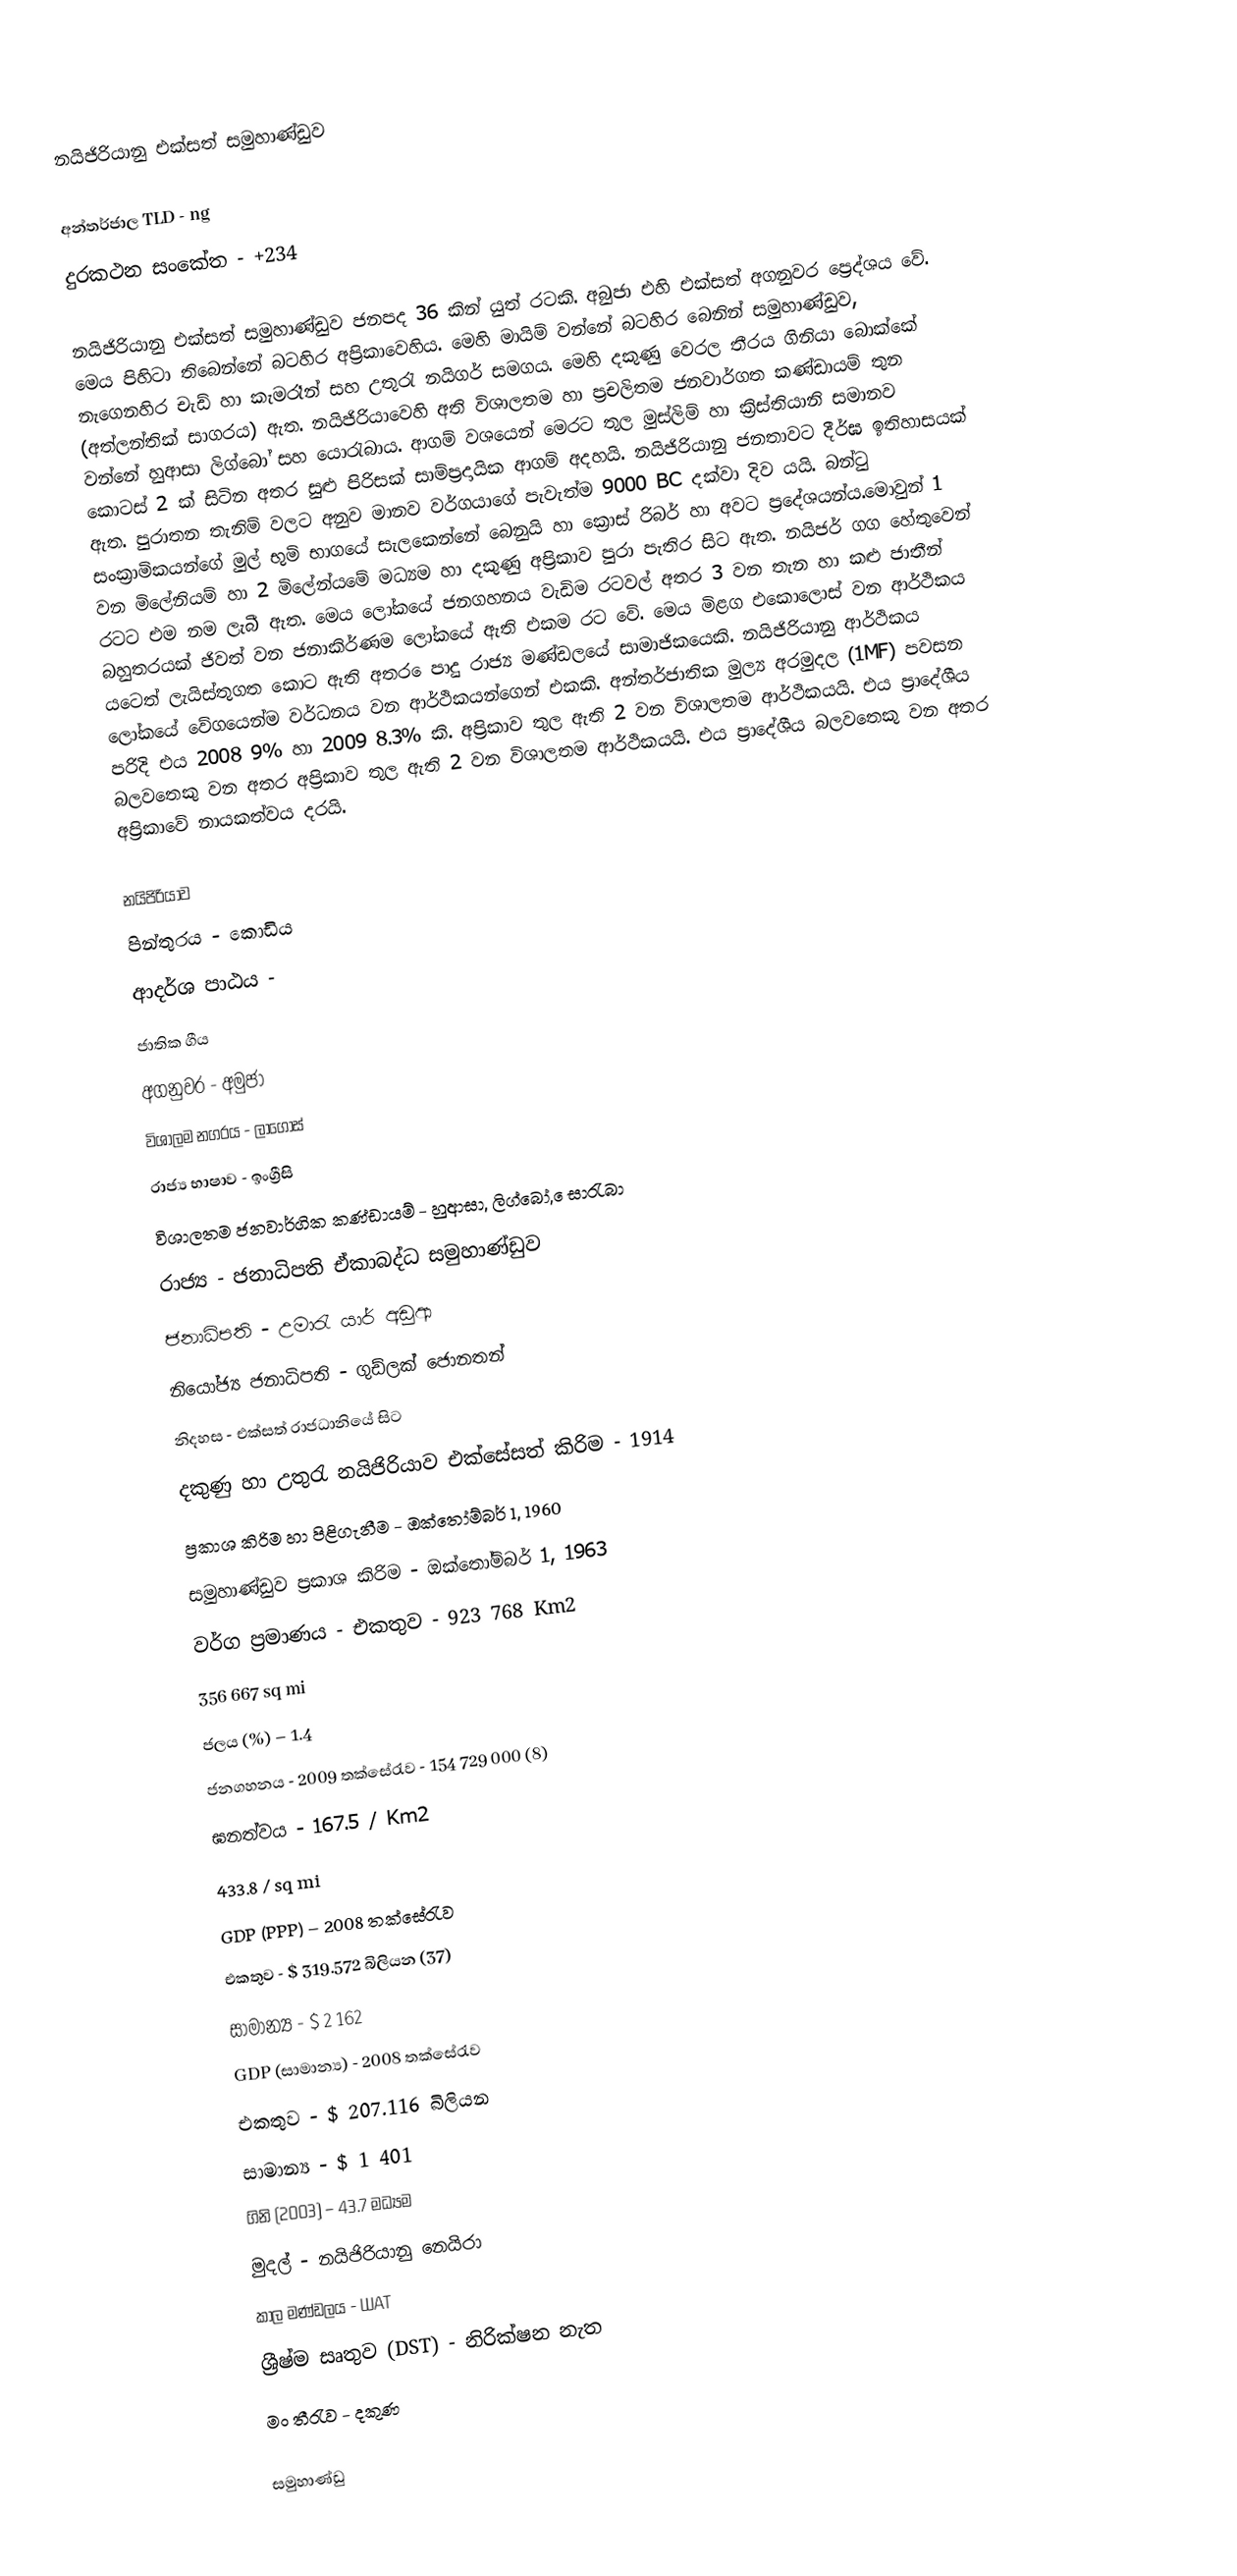
නයිජිරියානු එක්සත් සමුහාණ්ඩුව

අන්තර්ජාල TLD - ng
දුරකථන ස‍ංකේත - +234

නයිජිරියානු එක්සත් සමුහාණ්ඩුව ජනපද 36 කින් යුත් රටකි. අබුජා එහි එක්සත් අගනුවර ප්‍ර‍ෙද්ශය වේ. මෙය පිහිටා තිබෙන්නේ බටහිර අප්‍රිකාවෙහිය. මෙහි මායිම් වන්නේ බටහිර බෙනින් සමුහාණ්ඩුව, නැගෙනහිර චැඩ් හා කැමරෑන් සහ උතුරැ නයිගර් සමගය. මෙහි දකුණු වෙරල තීරය ගිනියා බොක්කේ (අත්ලන්තික් සාගරය) ඇත. නයිජිරියාවෙහි අති විශාලතම හා ප්‍රචලිතම ජනවාර්ගත කණ්ඩායම් තුන වන්නේ හුආසා ලිග්බෝ සහ යොරැබාය. ආගම් වශයෙන් මෙරට තුල මුස්ලිම් හා ක්‍රිස්තියානි සමානව කොටස් 2 ක් සිටින අතර සුළු පිරිසක් සාම්ප්‍රදායික ආගම් අදහයි. නයිජිරියානු ජනතාවට දීර්ඝ ඉතිහාසයක් ඇත. පුරාතන තැනිම් වලට අනුව මානව වර්ගයාගේ පැවැත්ම 9000 BC දක්වා දිව යයි. බන්ටු සංක්‍රාමිකයන්ගේ මුල් භුමි භාගයේ සැලකෙන්නේ බෙනුයි හා ක්‍රොස් රිබර් හා අවට ප්‍රදේශයන්ය.මොවුන් 1 වන ‍මිලේනියම් හා 2 මිලේන්යමේ මධ්‍යම හා දකුණු අප්‍රිකාව පුරා පැතිර සිට ඇත. නයිජර් ගග හේතුවෙන් රටට එම නම ලැබී ඇත. මෙය ලෝ‍කයේ ජනගහනය වැඩිම රටවල් අතර 3 වන තැන හා කළු ජාතීන් බහුතරයක් ජිවත් වන ජනාකිර්ණම ලෝකයේ ඇති එකම රට වේ. මෙය මිළග එකොලොස් වන ආර්ථිකය යට‍ෙත් ලැයිස්තුගත කොට ඇති අතර ‍ෙපාදු රාජ්‍ය මණ්ඩලයේ සාමාජිකයෙකි. නයිජිරියානු ආර්ථිකය ලෝකයේ වේගයෙන්ම වර්ධනය වන ආර්ථිකයන්ගෙන් එකකි. අන්තර්ජාතික මුල්‍ය අරමුදල (1MF) පවසන පරිදි එය 2008 9% හා 2009 8.3% කි. අප්‍රිකාව තුල ඇති 2 වන විශාලතම ආර්ථිකයයි. එය ප්‍රාදේශීය බලවතෙකු වන අතර අප්‍රිකාව තුල ඇති 2 වන විශාලතම ආර්ථිකයයි. එය ප්‍රාදේශීය බලවතෙකු වන අතර අප්‍රිකාවේ නායකත්වය දරයි.

නයිජිරියාව
පින්තුරය - කොඩිය
ආදර්ශ පාඨය -
ජාතික ගීය
අගනුවර - අමුජා
විශාලම නගරය - ලාගොස්
රාජ්‍ය භාෂාව - ඉංග්‍රීසි
විශාලතම ජනවාර්ගික කණ්ඩායම් - හුආසා, ලිග්බෝ, ‍ෙසාරැබා
රාජ්‍ය - ජනාධිපති ඒකාබද්ධ සමුහාණ්ඩුව
ජනාධිපති - උමාරැ යාර් අඩුආ
නියෝජ්‍ය ජනාධිපති - ගුඩ්ලක් ජොනතන්
නිදහස - එක්සත් රාජධානියේ සිට
දකුණු හා උතුරැ නයිජිරියාව එක්සේසත් කිරිම - 1914
ප්‍රකාශ කිරිම හා පිළිගැනීම - ඔක්තෝම්බර් 1, 1960
සමුහාණ්ඩුව ප්‍රකාශ කිරිම - ඔක්තෝම්බර් 1, 1963
වර්ග ප්‍රමාණය -	එකතුව	-	923 768 Km2
			356 667 sq mi
ජලය (%) – 1.4
ජනගහනය - 2009 තක්සේරැව - 154 729 000 (8)
ඝනත්වය	-	167.5 / Km2
			433.8 / sq mi
GDP (PPP) – 2008 තක්සේරැව
එකතුව - $ 319.572 බිලියන (37)
සාමාන්‍ය - $ 2 162
GDP (සාමාන්‍ය) - 2008 තක්සේරැව
එකතුව - $ 207.116 බිලියන
සාමාන්‍ය - $ 1 401
ගිනි (2003) – 43.7 මධ්‍යම
මුදල් - නයිජිරියානු නෙයිරා
කාල මණ්ඩලය - WAT
ශ්‍රීෂ්ම සෘතුව (DST) - නිරික්ෂන නැත
මං තීරැව - දකුණ

සමුහාණ්ඩු